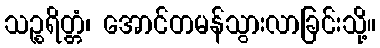
သဉ္စရိတ္တံ၊ အောင်တမန်သွားလာခြင်းသို့။